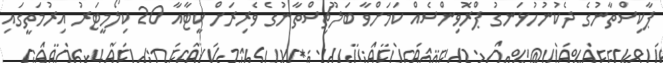
ޕާކިސްތާނުގެ ދެކުނުހުޅަނގު ޕްރޮވިންސެއް ކަމަށްވާ ބަލޫޗިސްތާނުގެ ވެރިރަށް ކީޓާއާ 20 ކިލޯމީޓަރު އިރުމަތީގައި